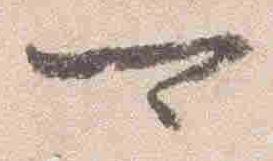
可